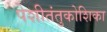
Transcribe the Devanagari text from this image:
पेशीतंतुकोशिका